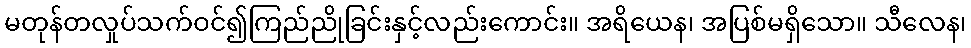
မတုန်တလှုပ်သက်ဝင်၍ကြည်ညိုခြင်းနှင့်လည်းကောင်း။ အရိယေန၊ အပြစ်မရှိသော။ သီလေန၊